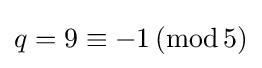
q=9\equiv -1\,({\text{mod}}\,5)